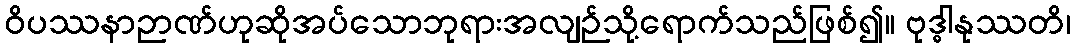
ဝိပဿနာဉာဏ်ဟုဆိုအပ်သောဘုရားအလျဉ်သို့ရောက်သည်ဖြစ်၍။ ဗုဒ္ဓါနုဿတိ၊